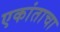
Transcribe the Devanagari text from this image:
एकांताचा